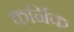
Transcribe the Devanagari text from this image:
कर्निक